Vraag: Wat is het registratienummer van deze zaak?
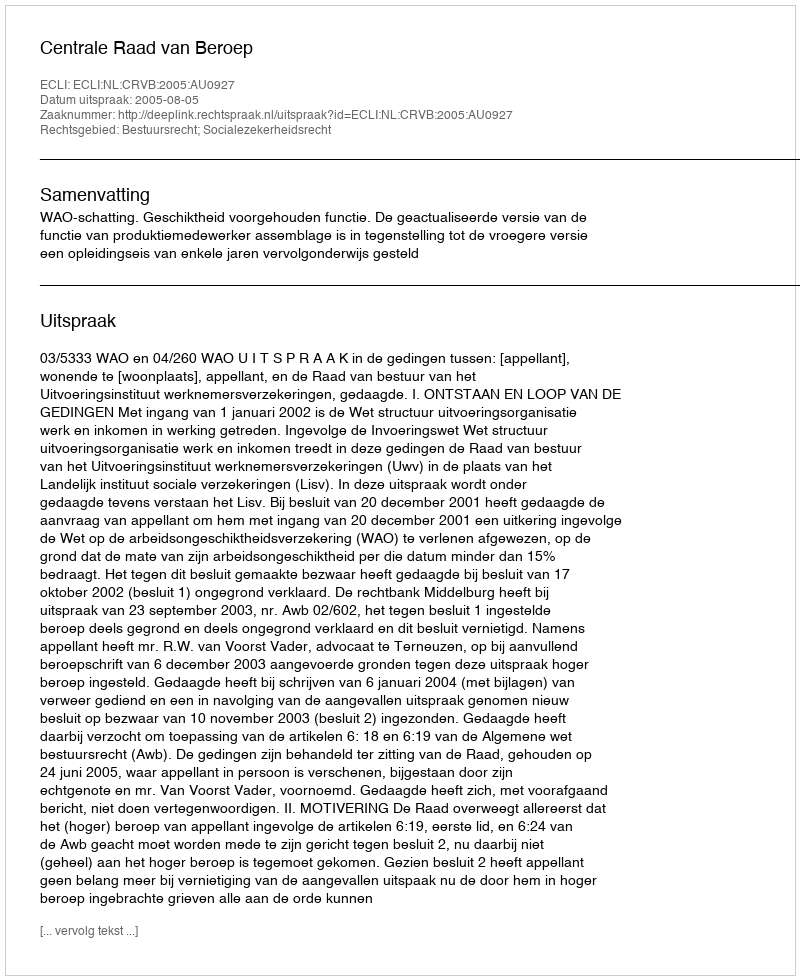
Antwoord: http://deeplink.rechtspraak.nl/uitspraak?id=ECLI:NL:CRVB:2005:AU0927